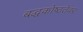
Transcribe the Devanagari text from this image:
बद्धकोष्ठतेवर